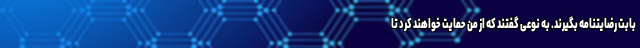
بابت رضایتنامه بگیرند. به نوعی گفتند که از من حمایت خواهند کرد تا